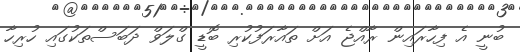
ބުނީ އެ ފިހާރައިން ރާއްޖެ އަށް ތައާރަފުކުރި ބޮޑީ ގްލަވް ދަބަސްތަކުގައި ހުރިހާ